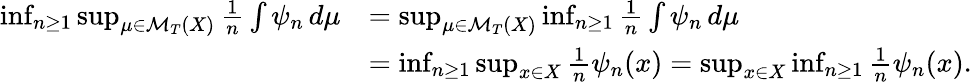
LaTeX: \begin{array}{rl}{\operatorname*{inf}_{n\geq 1}\operatorname*{sup}_{\mu\in\mathcal{M}_{T}(X)}\frac{1}{n}\int\psi_{n}\, d\mu}&{=\operatorname*{sup}_{\mu\in\mathcal{M}_{T}(X)}\operatorname*{inf}_{n\geq 1}\frac{1}{n}\int\psi_{n}\, d\mu}\\ &{=\operatorname*{inf}_{n\geq 1}\operatorname*{sup}_{x\in X}\frac{1}{n}\psi_{n}(x)=\operatorname*{sup}_{x\in X}\operatorname*{inf}_{n\geq 1}\frac{1}{n}\psi_{n}(x).}\end{array}